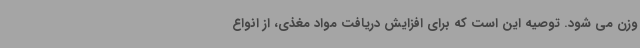
وزن می شود. توصیه این است که برای افزایش دریافت مواد مغذی، از انواع